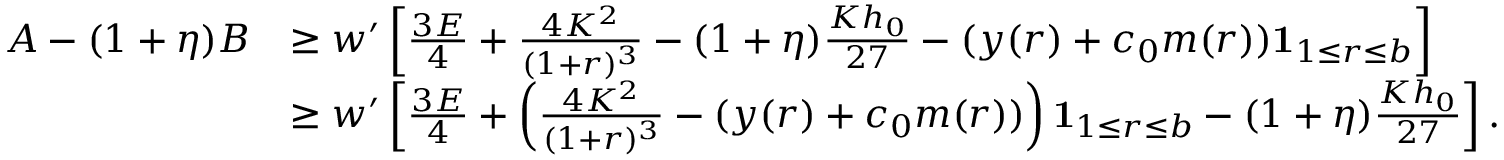
\begin{array} { r l } { A - ( 1 + \eta ) B } & { \geq w ^ { \prime } \left[ \frac { 3 E } { 4 } + \frac { 4 K ^ { 2 } } { ( 1 + r ) ^ { 3 } } - ( 1 + \eta ) \frac { K h _ { 0 } } { 2 7 } - ( y ( r ) + c _ { 0 } m ( r ) ) \mathbf { 1 } _ { 1 \leq r \leq b } \right] } \\ & { \geq w ^ { \prime } \left[ \frac { 3 E } { 4 } + \left( \frac { 4 K ^ { 2 } } { ( 1 + r ) ^ { 3 } } - ( y ( r ) + c _ { 0 } m ( r ) ) \right) \mathbf { 1 } _ { 1 \leq r \leq b } - ( 1 + \eta ) \frac { K h _ { 0 } } { 2 7 } \right] . } \end{array}